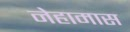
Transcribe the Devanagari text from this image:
नेहामास